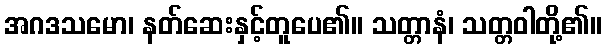
အဂဒသမော၊ နတ်ဆေးနှင့်တူပေ၏။ သတ္တာနံ၊ သတ္တဝါတို့၏။